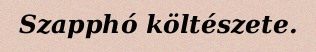
Szapphó költészete.